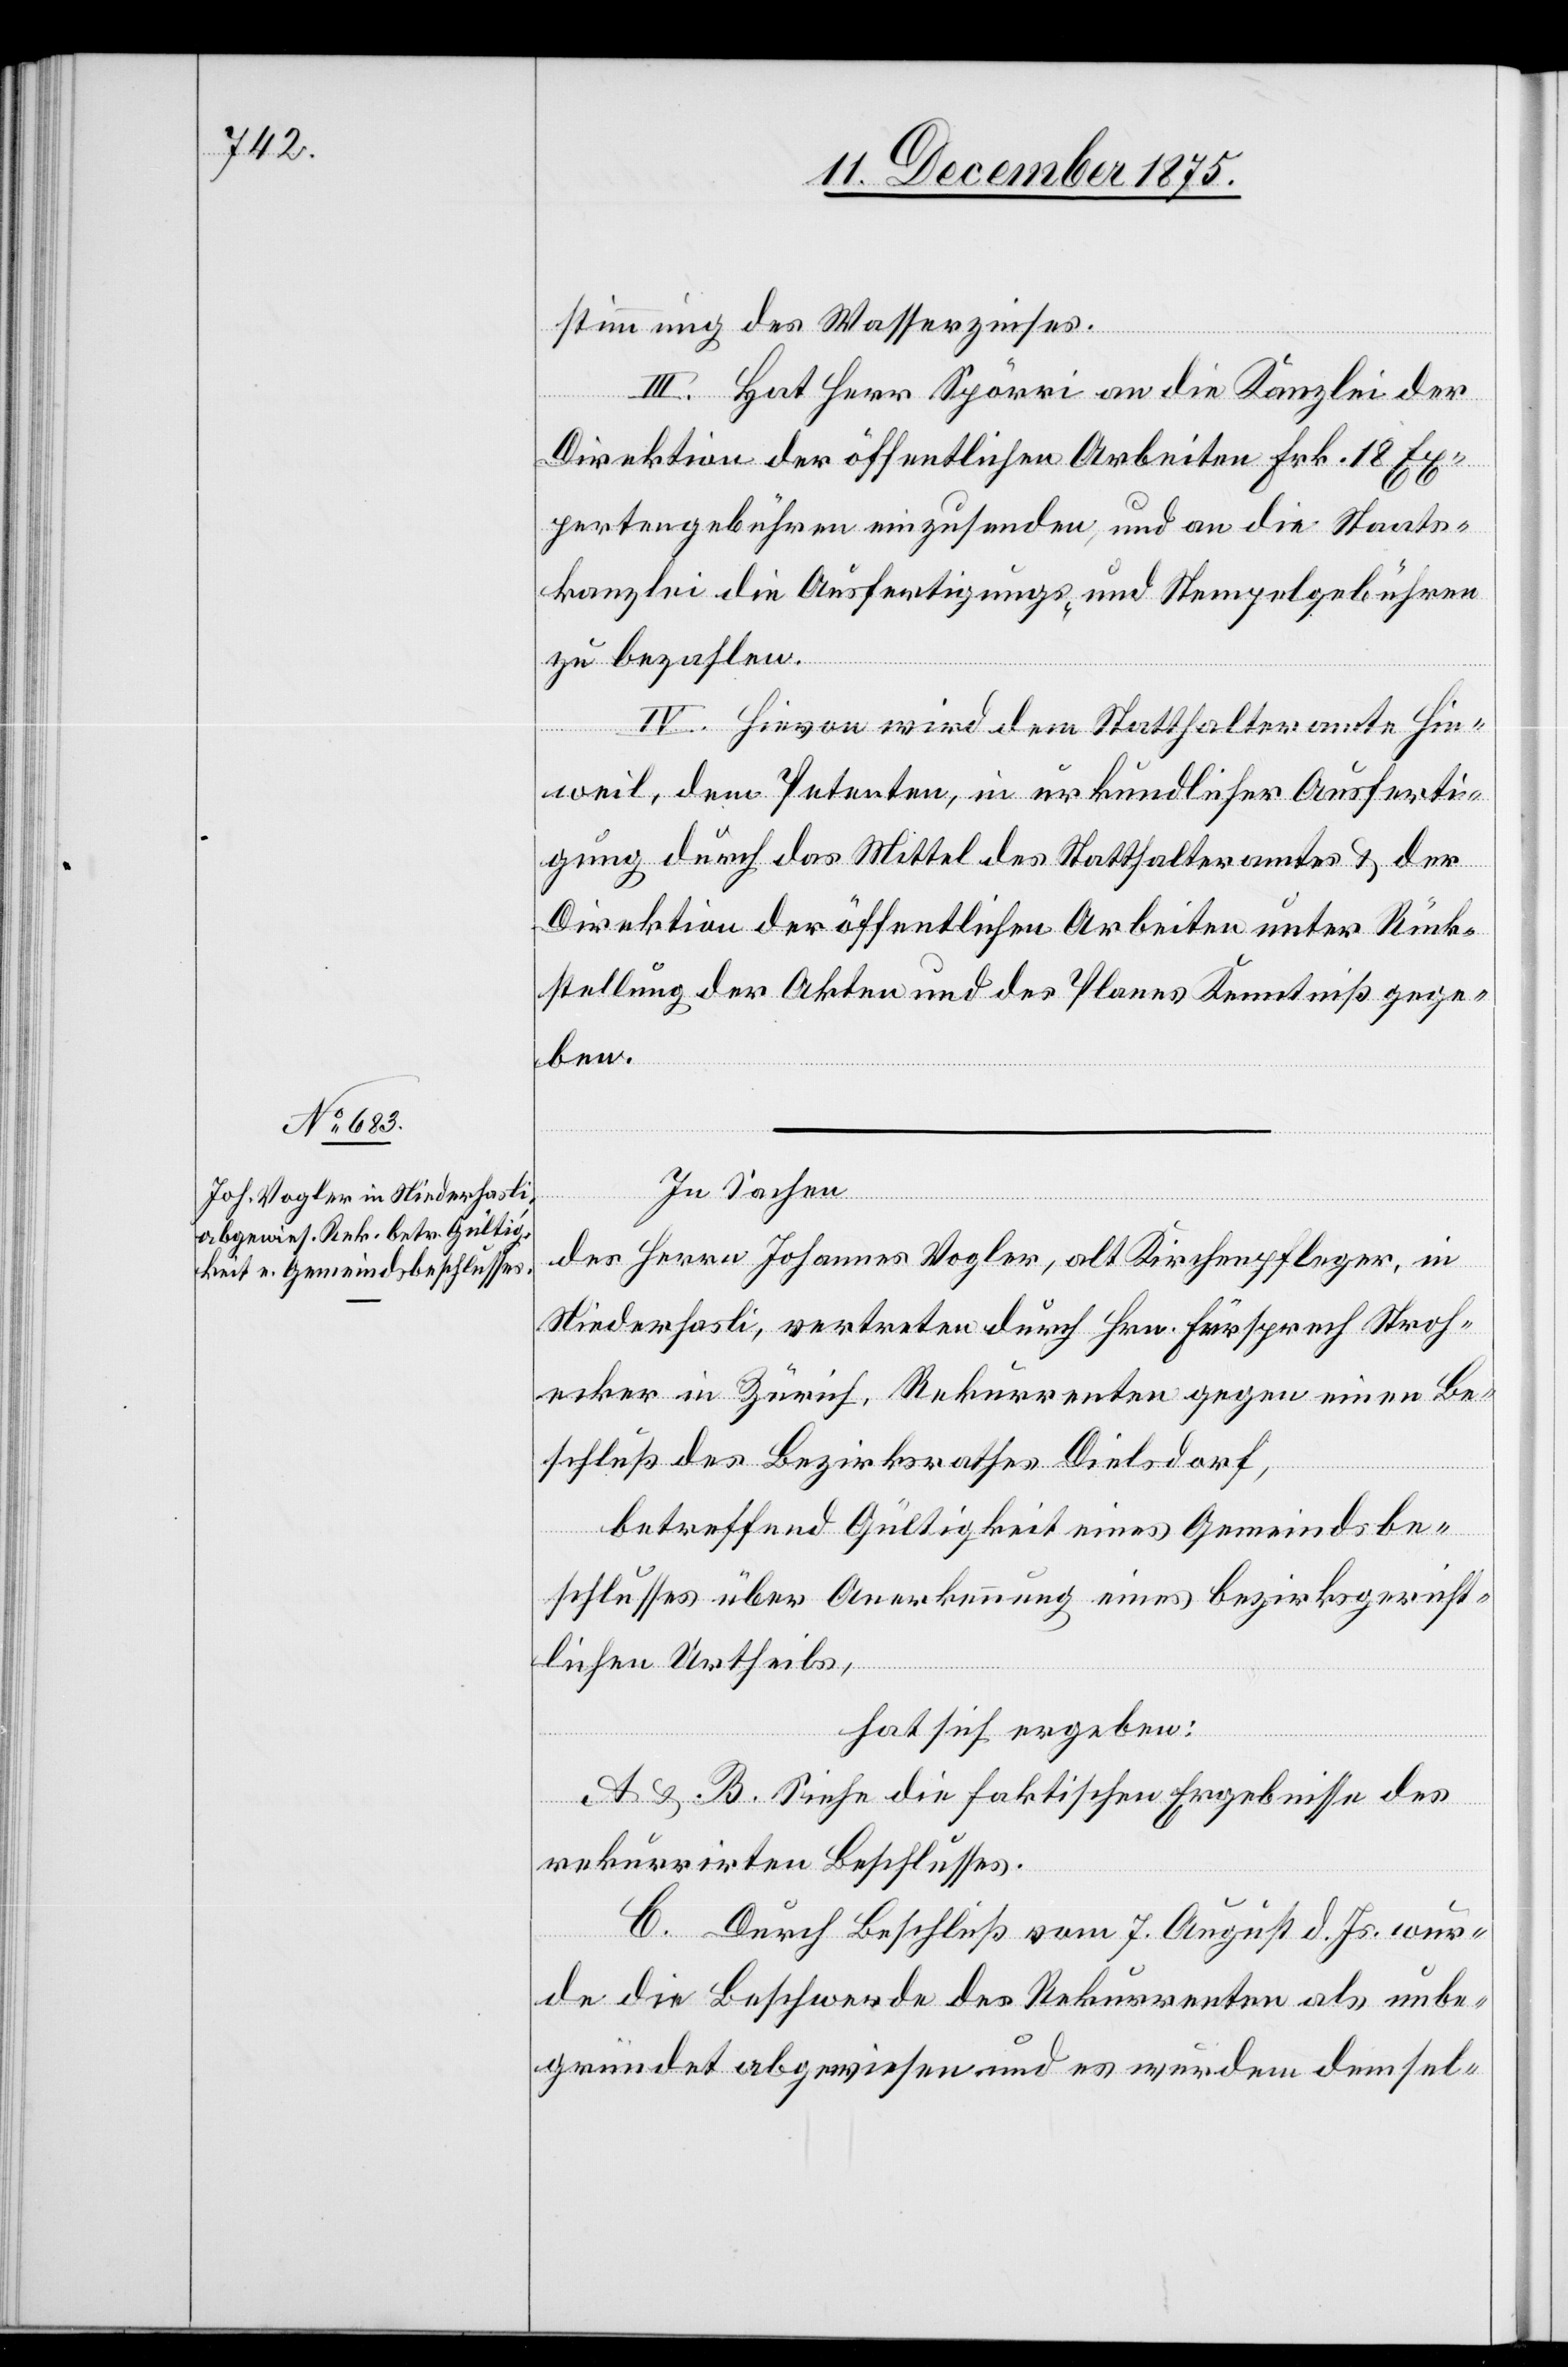
stimmung des Wasserzinses.
Direktion der öffentlichen Arbeiten Frk. 18 Ex¬
pertengebühren einzusenden, und an die Staats¬
kanzlei die Ausfertigungs- und Stempelgebühren
zu bezahlen.
IV. Hievon wird dem Statthalteramte Hin¬
weil, dem Petenten, in urkundlicher Ausferti¬
gung durch das Mittel des Statthalteramtes & der
Direktion der öffentlichen Arbeiten unter Rück¬
stellung der Akten und des Planes Kenntniß gege¬
ben.
In Sachen
des Herrn Johannes Vogler, alt Kirchenpfleger, in
Niederhasli, vertreten durch Hrn. Fürsprech Stroh¬
ecker in Zürich, Rekurrenten gegen einen Be¬
schluß des Bezirksrathes Dielsdorf,
betreffend Gültigkeit eines Gemeindsbe¬
schlusses über Anerkennung eines bezirksgericht¬
lichen Urtheils,
hat sich ergeben:
A & B. Siehe die faktischen Ergebnisse des
der
rekurrirten Beschlusses.
C. Durch Beschluß vom 7. August d. Js. wur¬
de die Beschwerde des Rekurrenten als unbe¬
gründet abgewiesen und es wurden demsel-